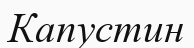
Капустин